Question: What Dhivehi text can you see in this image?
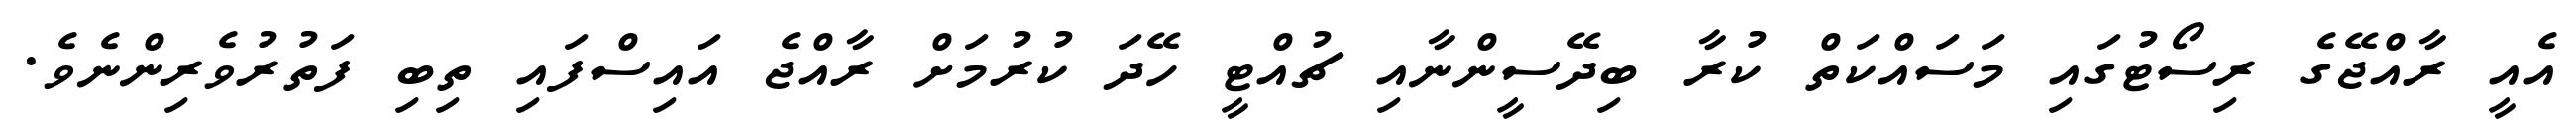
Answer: އެއީ ރާއްޖޭގެ ރިސޯޓުގައި މަސައްކަތް ކުރާ ބިދޭސީންނާއި ޗުއްޓީ ހޭދަ ކުރުމަށް ރާއްޖެ އައިސްފައި ތިބި ފަތުރުވެރިންނެވެ.